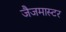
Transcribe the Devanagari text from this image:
जैजमास्टर